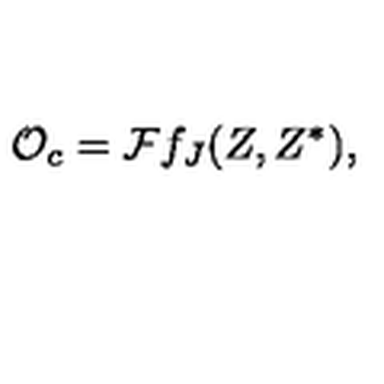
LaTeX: { \cal O } _ { c } = { \cal F } f _ { J } ( Z , Z ^ { \ast } ) ,